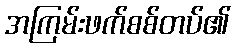
အကြမ်းဖက်စစ်တပ်၏